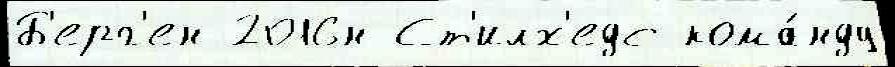
Б'ерг'ен 2016н Ст'илх'едс кома́нду